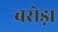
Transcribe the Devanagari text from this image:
बसेड़ा